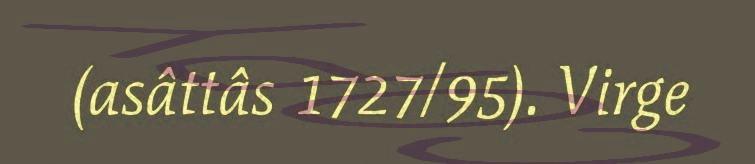
(asâttâs 1727/95). Virge